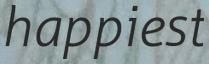
happiest